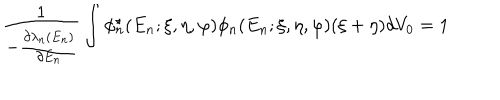
\frac { 1 } { - \frac { \partial \lambda _ { n } ( E _ { n } ) } { \partial E _ { n } } } \int \phi _ { n } ^ { \star } ( E _ { n } ; \xi , \eta , \varphi ) \phi _ { n } ( E _ { n } ; \xi , \eta , \varphi ) ( \xi + \eta ) d V _ { 0 } = 1